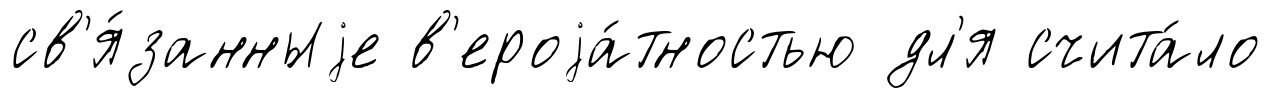
св'я́занныjе в'ероjа́тностью дл'я счита́ло